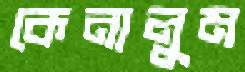
কেনালুম